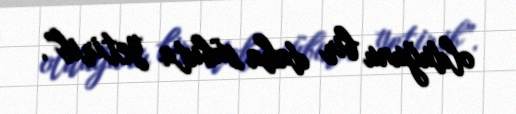
olduğunu bir daha sübuta yetirib”.